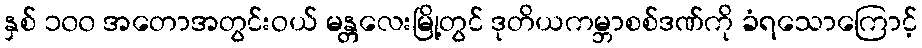
နှစ် ၁၀၀ အတောအတွင်းဝယ် မန္တလေးမြို့တွင် ဒုတိယကမ္ဘာစစ်ဒဏ်ကို ခံရသောကြောင့်